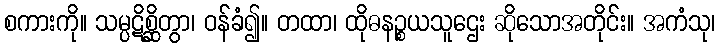
စကားကို။ သမ္ပဋိစ္ဆိတွာ၊ ဝန်ခံ၍။ တထာ၊ ထိုဓနဉ္စယသူဌေး ဆိုသောအတိုင်း။ အကံသု၊